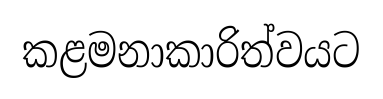
කළමනාකාරිත්වයට